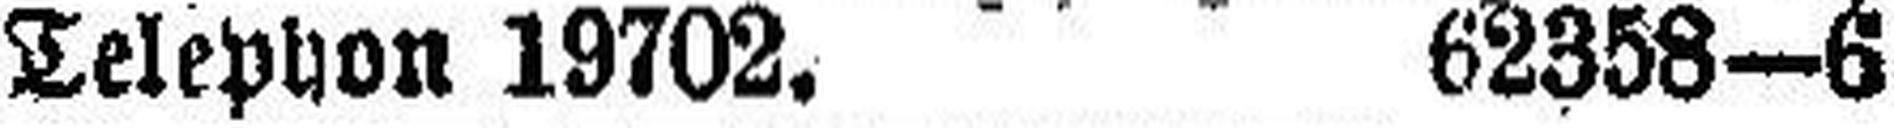
Telephon 19702. 62358—6